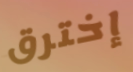
إخترق